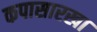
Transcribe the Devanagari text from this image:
कपासारखा